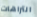
التراهات